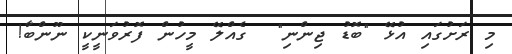
މި ރަށުގައި އުޅޭ "ބޮޑު ޖިންނި"  ގެއްލޭ މީހުން ފޮރުވަނީކީ ނޫންބާ!